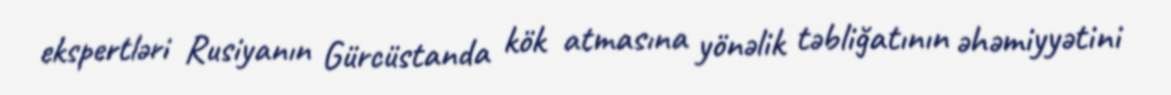
ekspertləri Rusiyanın Gürcüstanda kök atmasına yönəlik təbliğatının əhəmiyyətini